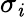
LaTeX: \sigma_{\mathit{i}}